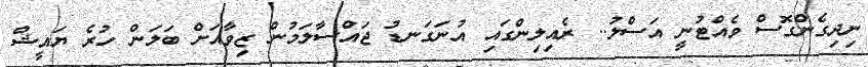
ނިދިގެންގޮސް ވެއްޓުނީ އަސްލު.. ރެއިލިންގައި އުނަގަނޑު ޖައްސާލަމުން ޒިވާއަށް ބަލަން ހުރެ ޔައީޝް